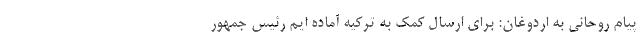
پیام روحانی به اردوغان: برای ارسال کمک به ترکیه آماده ایم رئیس جمهور